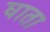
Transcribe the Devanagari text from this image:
घाता